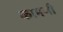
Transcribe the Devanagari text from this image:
कामणी